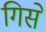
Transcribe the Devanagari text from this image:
गिसे